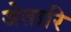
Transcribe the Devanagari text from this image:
जेतारि